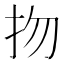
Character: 𢪱